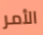
الأمر